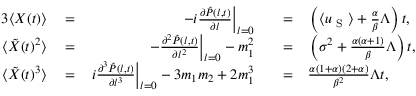
\begin{array} { r l r l r l } { { 3 } \langle X ( t ) \rangle } & { { } = } & { \left. - i \frac { \partial \hat { P } ( l , t ) } { \partial l } \right\vert _ { l = 0 } } & { { } } & { = } & { { } \left( \langle u _ { \mathrm { ~ S ~ } } \rangle + \frac { \alpha } { \beta } \Lambda \right) t , } \\ { \langle \tilde { X } ( t ) ^ { 2 } \rangle } & { { } = } & { \left. - \frac { \partial ^ { 2 } \hat { P } ( l , t ) } { \partial l ^ { 2 } } \right\vert _ { l = 0 } - m _ { 1 } ^ { 2 } } & { { } } & { = } & { { } \left( \sigma ^ { 2 } + \frac { \alpha ( \alpha + 1 ) } { \beta } \Lambda \right) t , } \\ { \langle \tilde { X } ( t ) ^ { 3 } \rangle } & { { } = } & { \left. i \frac { \partial ^ { 3 } \hat { P } ( l , t ) } { \partial l ^ { 3 } } \right\vert _ { l = 0 } - 3 m _ { 1 } m _ { 2 } + 2 m _ { 1 } ^ { 3 } } & { { } } & { = } & { { } \frac { \alpha ( 1 + \alpha ) ( 2 + \alpha ) } { \beta ^ { 2 } } \Lambda t , } \end{array}